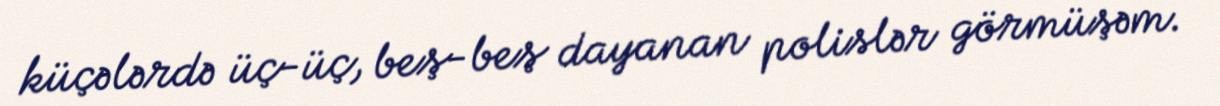
küçələrdə üç-üç, beş-beş dayanan polislər görmüşəm.